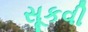
સૂકવી